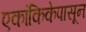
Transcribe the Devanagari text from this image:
एकांकिकेपासून